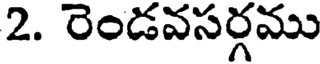
2. రెండవసర్గము